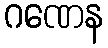
ဂဏေန